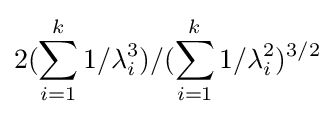
2(\sum _{i=1}^{k}1/\lambda _{i}^{3})/(\sum _{i=1}^{k}1/\lambda _{i}^{2})^{3/2}